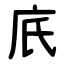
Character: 㡳